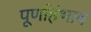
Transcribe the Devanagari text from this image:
पूर्णाहंभाव